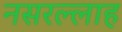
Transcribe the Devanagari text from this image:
नसरल्लाह